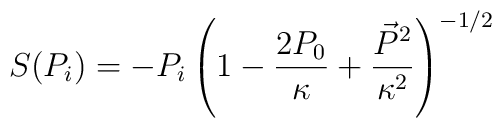
S(P_{i})=-P_{i}\left(1 - \frac{2P_{0}}{\kappa} + \frac{\vec{P}^{2}}{\kappa^{2}}\right)^{-1/2}